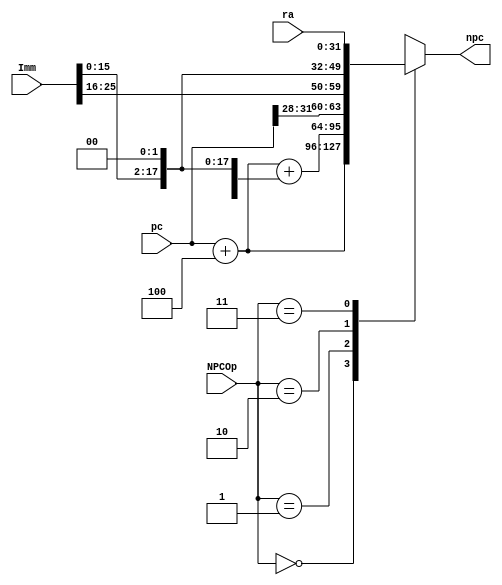
// This program was cloned from: https://github.com/SilenceX12138/MIPS-Microsystems
// License: MIT License

module npc(
    input [31:0] pc,
    input [25:0] Imm,
    input [31:0] ra,
    input [1:0] NPCOp,
    output reg [31:0] npc
);

    always @(*) begin
        case(NPCOp)
            2'b00:      npc <= pc + 32'd4;
            2'b01:      npc <= pc + 32'd4 + {{14{Imm[15]}}, Imm[15:0], 2'b00};
            2'b10:      npc <= {pc[31:28], Imm[25:0], 2'b00};
            2'b11:      npc <= ra;
            default:    npc <= 32'hxxxx_xxxx;
        endcase
    end


endmodule // npc